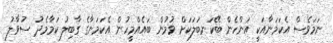
ނަމަވެސް އެކަމަނާއަކީ އަންހެން ބޭކަނބަލަކަށް ވުމުން ބައެއްމީހުން އެކަމަނާގެ ގާބިލު ކަމާމެދު ސުވާލު